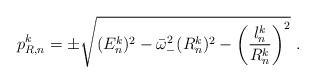
LaTeX: \begin{align*}p_{R,n}^{k} = \pm \sqrt{(E_{n}^{k})^{2} - \bar{\omega}_{-}^{2}(R_{n}^{k})^{2} - \left(\frac{l_{n}^{k}}{R_{n}^{k}}\right)^{2}}\ .\end{align*}